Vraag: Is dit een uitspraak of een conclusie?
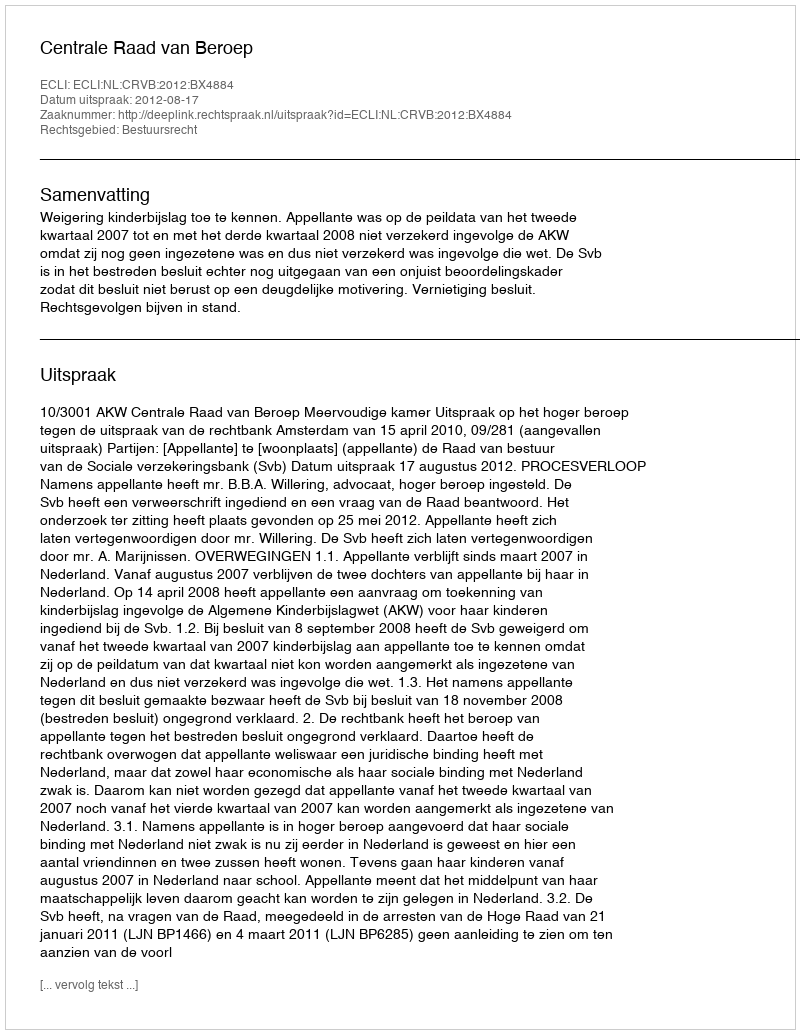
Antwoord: Uitspraak